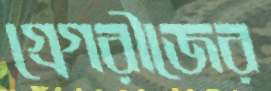
গ্রেগরীজের